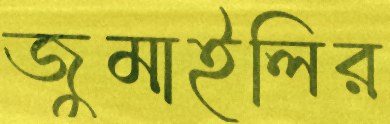
জুমাইলির